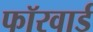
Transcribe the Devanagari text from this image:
फॉरवार्ड